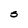
Character: S